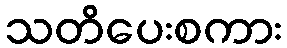
သတိပေးစကား